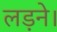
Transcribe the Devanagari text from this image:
लड़ने।